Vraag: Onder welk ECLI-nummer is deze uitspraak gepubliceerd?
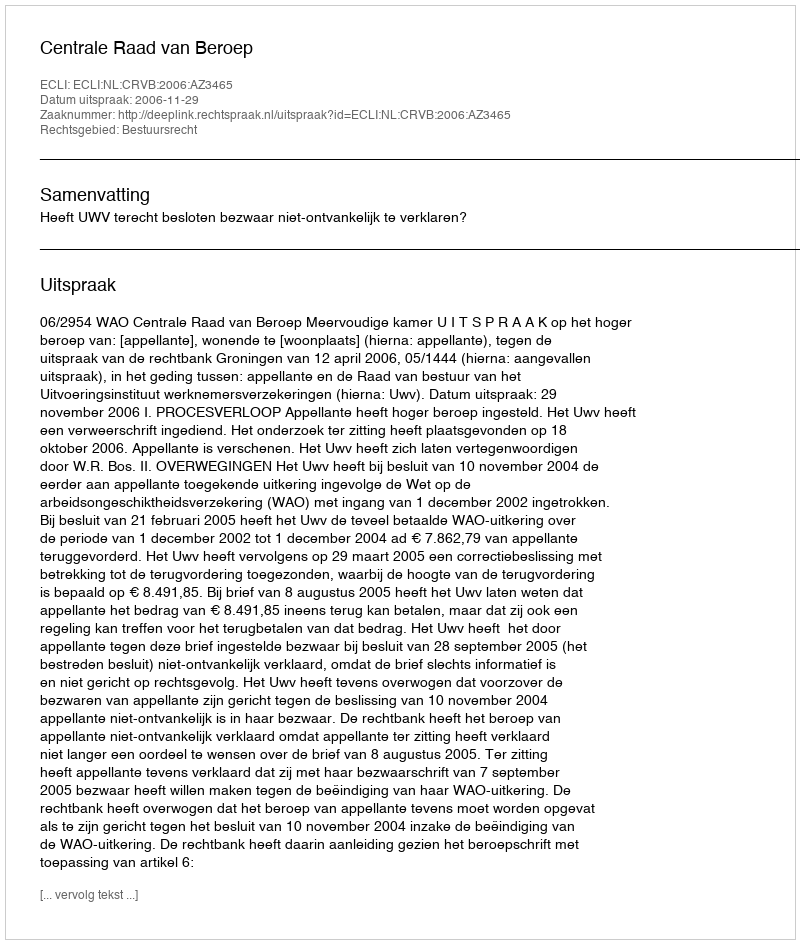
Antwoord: ECLI:NL:CRVB:2006:AZ3465